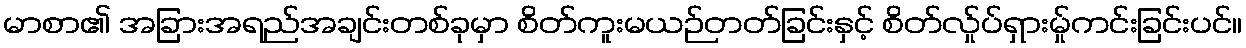
မာစာ၏ အခြားအရည်အချင်းတစ်ခုမှာ စိတ်ကူးမယဉ်တတ်ခြင်းနှင့် စိတ်လ်ှုပ်ရှားမ်ှုကင်းခြင်းပင်။